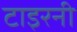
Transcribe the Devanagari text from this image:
टाइरनी